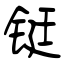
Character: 铤